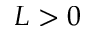
L > 0